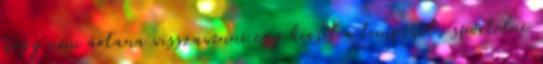
hogy nem ártana visszavenni egy kicsit a tempóból, sportolni